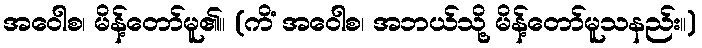
အဝေါစ၊ မိန့်တော်မူ၏။ (ကိံ အဝေါစ၊ အဘယ်သို့ မိန့်တော်မူသနည်း။)